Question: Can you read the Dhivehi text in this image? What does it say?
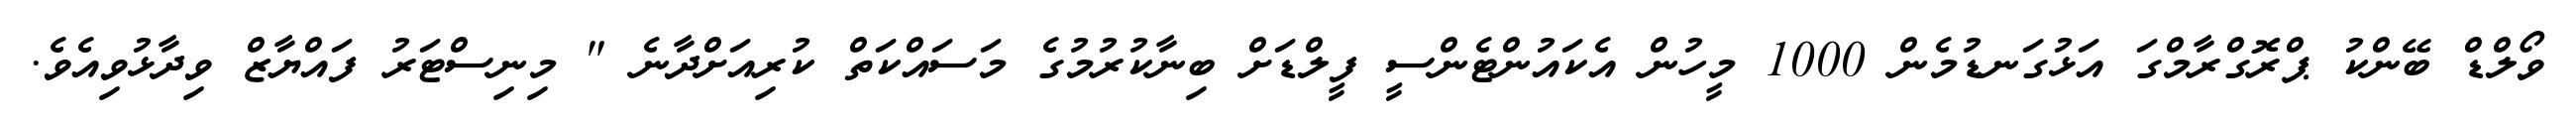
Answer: ވޯލްޑް ބޭންކު ޕްރޮގްރާމްގަ އަޅުގަނޑުމެން 1000 މީހުން އެކައުންޓެންސީ ފީލްޑަށް ބިނާކުރުމުގެ މަސައްކަތް ކުރިއަށްދާނެ " މިނިސްޓަރު ފައްޔާޒް ވިދާޅުވިއެވެ.